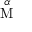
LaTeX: \overset { \alpha } { \mathrm { M } }